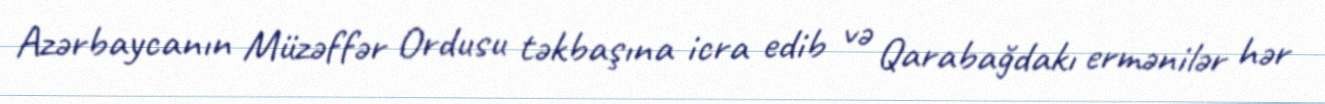
Azərbaycanın Müzəffər Ordusu təkbaşına icra edib və Qarabağdakı ermənilər hər